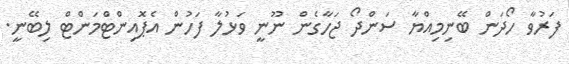
ފަރުވާ ހޯދަން ބޭނިމިއްޔާ ސަންދޯ ޖަހާގެން ނޫނީ ވަޅުލާ ފަހުން އެޕޮއިންޓްމަންޓް ލިބޭނީ.